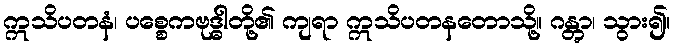
ဣသိပတနံ၊ ပစ္စေကဗုဒ္ဓါတို့၏ ကျရာ ဣသိပတနတောသို့။ ဂန္တွာ၊ သွား၍။